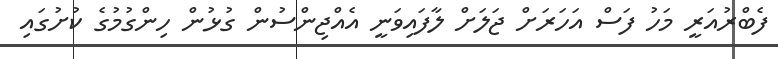
ފެބްރުއަރީ މަހު ފަސް އަހަރަށް ޖަލަށް ލާފައިވަނީ އެއްޖިންސުން ގުޅުން ހިންގުމުގެ ކުށުގައި